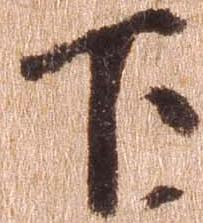
下